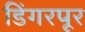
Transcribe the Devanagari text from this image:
डिंगरपूर